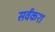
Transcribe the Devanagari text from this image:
सर्वंकश